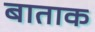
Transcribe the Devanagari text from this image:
बाताक